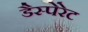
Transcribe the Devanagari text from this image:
डैस्पेरेट